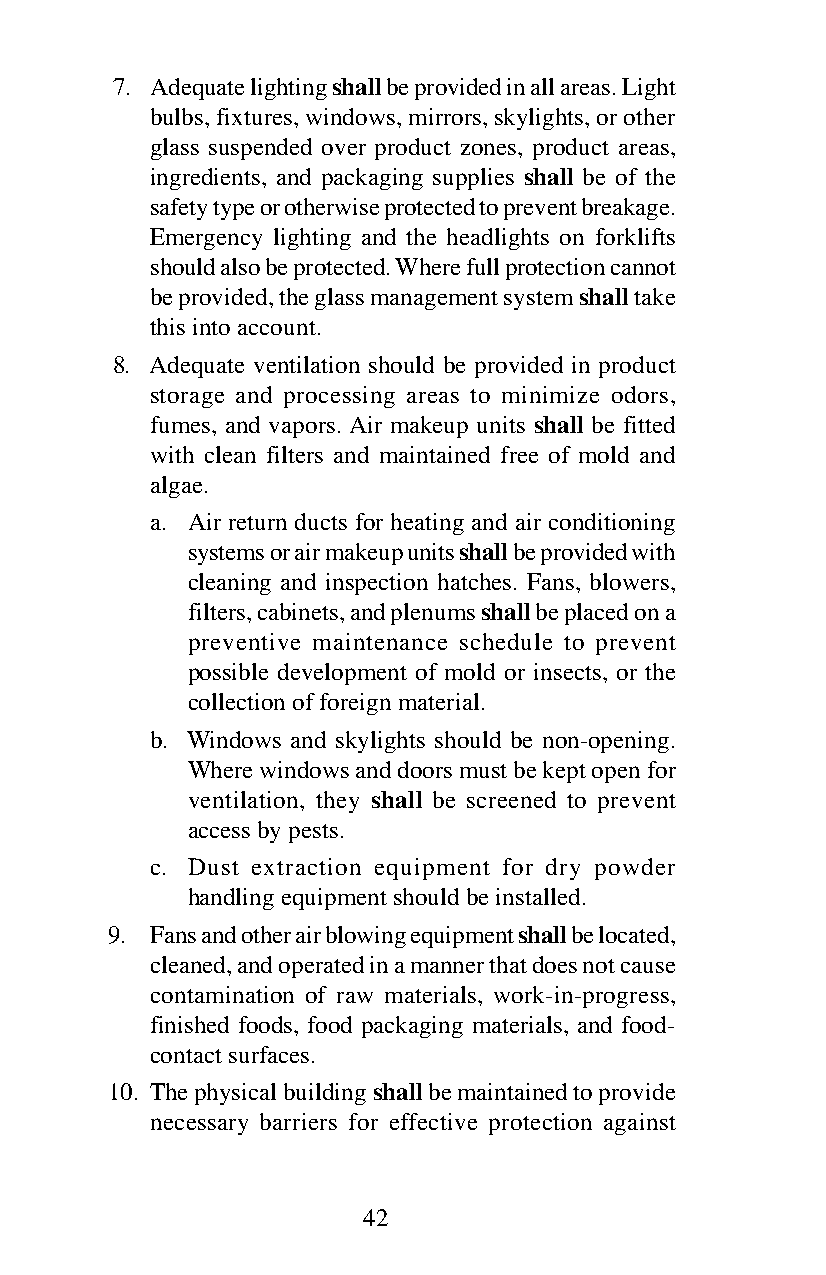
7. Adequate lighting shall be provided in all areas. Light
 bulbs, fixtures, windows, mirrors, skylights, or other
 glass suspended over product zones, product areas,
 ingredients, and packaging supplies shall be of the
 safety type or otherwise protected to prevent breakage.
 Emergency lighting and the headlights on forklifts
 should also be protected. Where full protection cannot
 be provided, the glass management system shall take
 this into account.
 8. Adequate ventilation should be provided in product
 storage and processing areas to minimize odors,
 fumes, and vapors. Air makeup units shall be fitted
 with clean filters and maintained free of mold and
 algae.
 a. Air return ducts for heating and air conditioning
 systems or air makeup units shall be provided with
 cleaning and inspection hatches. Fans, blowers,
 filters, cabinets, and plenums shall be placed on a
 preventive maintenance schedule to prevent
 possible development of mold or insects, or the
 collection of foreign material.
 b. Windows and skylights should be non-opening.
 Where windows and doors must be kept open for
 ventilation, they shall be screened to prevent
 access by pests.
 c. Dust extraction equipment for dry powder
 handling equipment should be installed.
 9. Fans and other air blowing equipment shall be located,
 cleaned, and operated in a manner that does not cause
 contamination of raw materials, work-in-progress,
 finished foods, food packaging materials, and food-
 contact surfaces.
 10. The physical building shall be maintained to provide
 necessary barriers for effective protection against
 42